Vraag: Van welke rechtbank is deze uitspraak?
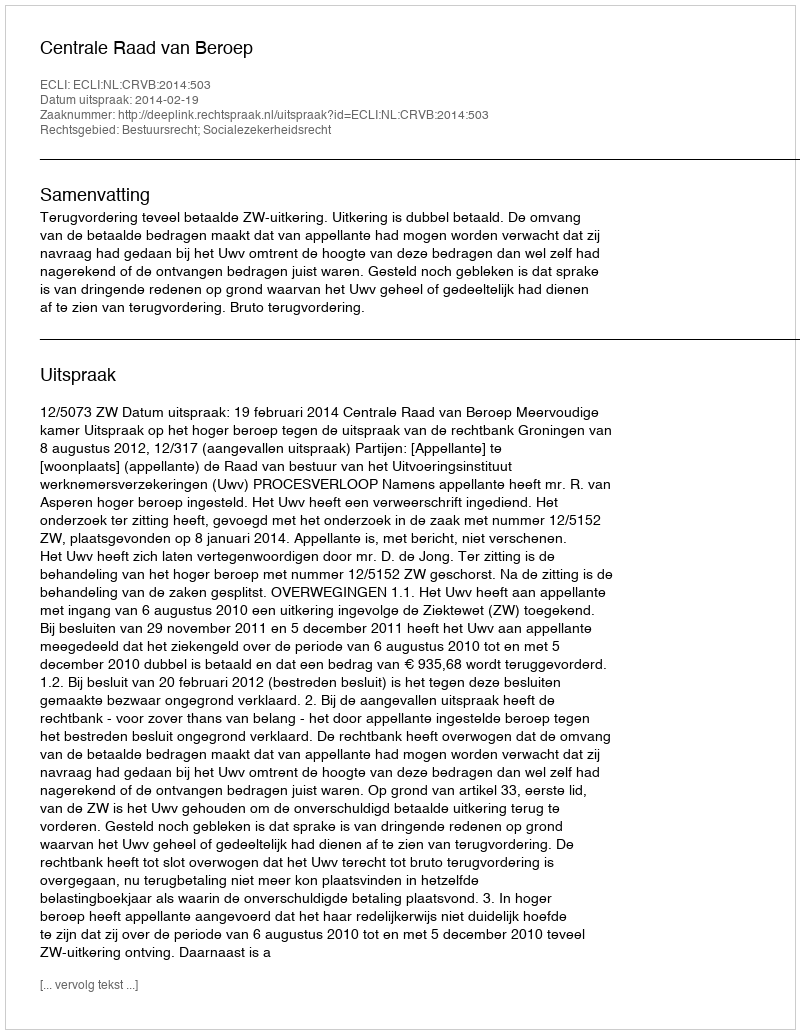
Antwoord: Centrale Raad van Beroep